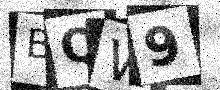
Text: BQW9